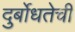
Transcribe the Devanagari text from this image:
दुर्बोधतेची